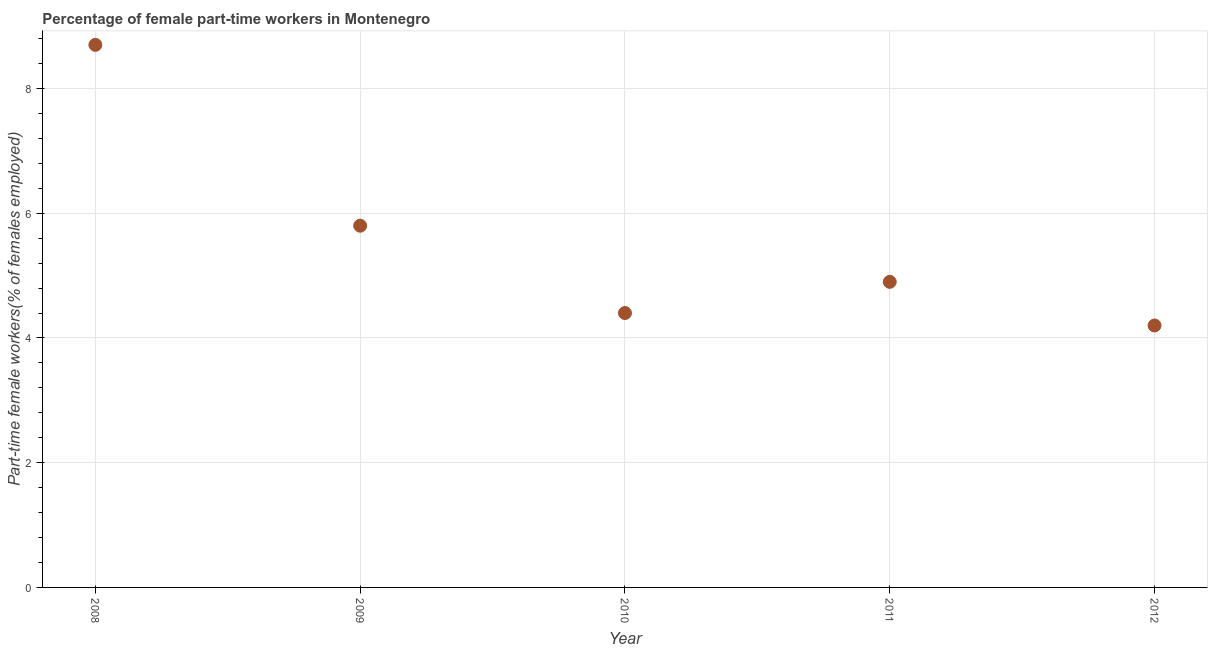
| Year | Part time employment |
 | --- | --- |
 | 2008 | 8.7 |
 | 2009 | 5.8 |
 | 2010 | 4.4 |
 | 2011 | 4.9 |
 | 2012 | 4.2 |